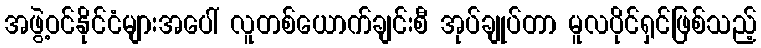
အဖွဲ့ဝင်နိုင်ငံများအပေါ် လူတစ်ယောက်ချင်းစီ အုပ်ချုပ်တာ မူလပိုင်ရှင်ဖြစ်သည့်